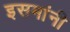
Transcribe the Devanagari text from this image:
इसमांनी